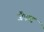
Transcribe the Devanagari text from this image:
जैकट